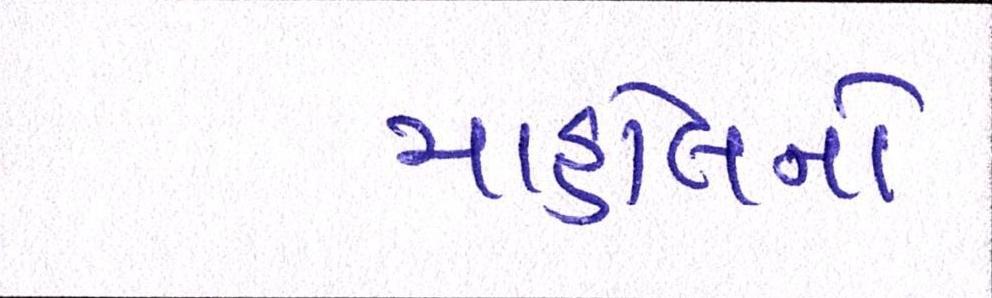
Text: માહોલનો